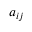
a _ { i j }